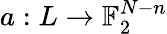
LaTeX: a:L\to\mathbb{F}_{2}^{N-n}